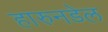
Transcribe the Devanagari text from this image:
हारुनडेल